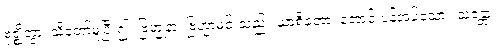
ဗုဇ္ဈိတွာ၊ သိတော်မူပြီး၍။ ဗြဟ္မုနာ၊ ဗြဟ္မာမင်းသည်။ ယာစိတော၊ တောင်းပန်အပ်သော။ သန္တော၊